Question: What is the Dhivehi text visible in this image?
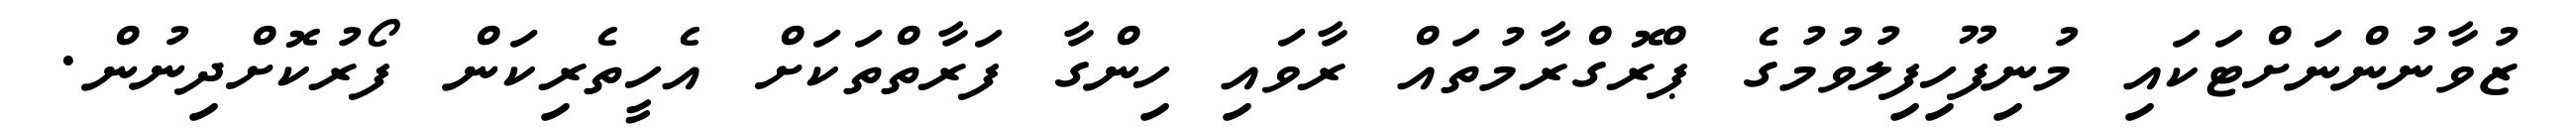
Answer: ޒުވާނުންނަށްޓަކައި މުނިފޫހިފިލުވުމުގެ ޕްރޮގްރާމުތައް ރާވައި ހިންގާ ފަރާތްތަކަށް އެހީތެރިކަން ފޯރުކޮށްދިނުން.